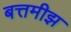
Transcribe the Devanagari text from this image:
बत्तमीझ